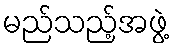
မည်သည့်အဖွဲ့